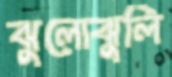
ঝুলোঝুলি